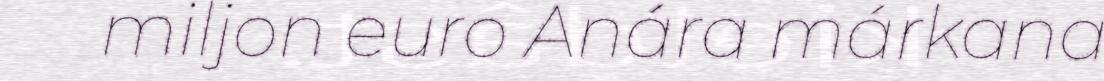
miljon euro Anára márkana